Papers set at the Examination for Leaving Certificates, 1893
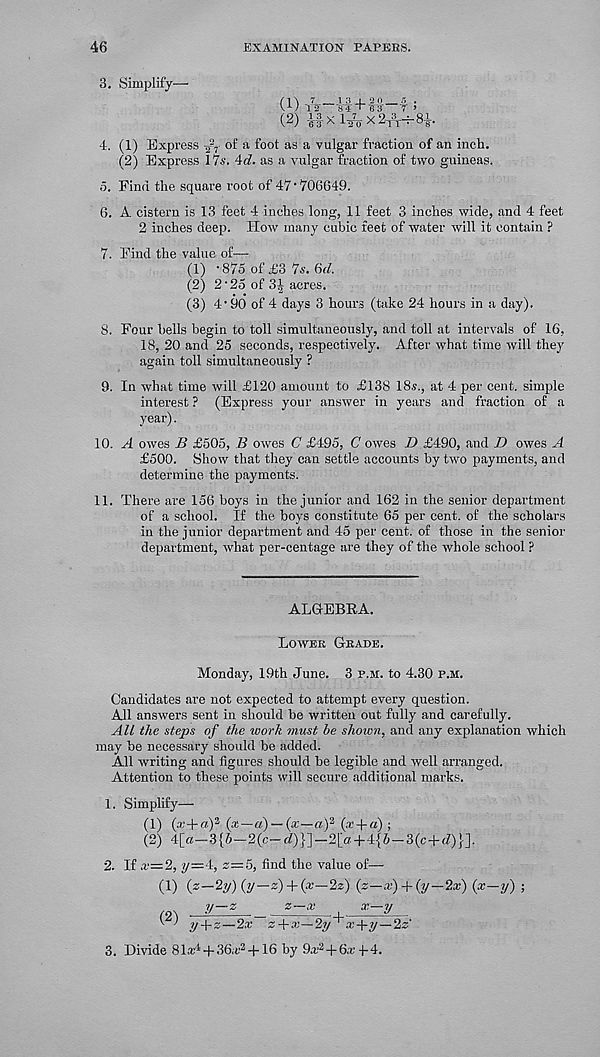
46
EXAMINATION PAPEES.
3. Simplify—
n \ 7 i ;s i 2 o r, .
f 1 1 T 2 'S'4 + is-s t >
(2) if x Itto x 2 , 'rr'7-8-l-.
4. (1) Express ^ of a foot as a vulgar fraction of an inch.
(2) Express 17s. 4d. as a vulgar fraction of two guineas.
5. Find the square root of 47‘706649.
6. A cistern is 13 feet 4 inches long, 11 feet 3 inches wide, and 4 feet
2 inches deep. How many cubic feet of water will it contain ?
7. Find the value of—
(1) • 875 of £3 7s. 6d.
(2) 2'20 of 3J acres.
(3) 4’90* of 4 days 3 hours (take 24 hours in a day).
8. Four hells begin to toll simultaneously, and toll at intervals of 16,
18, 20 and 25 seconds, respectively. After what time will they
again toll simultaneously ?
9. In what time will £120 amount to £138 18.s., at 4 per cent, simple
interest ? (Express your answer in years and fraction of a
year).
10. A owes JB £505, B owes C £495, C owes 1) £490, and D owes A
£500. Show that they can settle accounts by two payments, and
determine the payments.
11. There are 156 boys in the junior and 162 in the senior department
of a school. If the boys constitute 65 per cent, of the scholars
in the junior department and 45 per cent, of those in the senior
department, what per-centage are they of the whole school P
ALGEBRA.
Lower Grade.
Monday, 19th June. 3 p.m. to 4.30 p.h.
Candidates are not expected to attempt every question.
All answers sent in should be written out fully and carefully.
All the steps of the work must he shown, and any explanation which
may be necessary should be added.
All writing and figures should be legible and well arranged.
Attention to these points will secure additional marks.
1. Simplify—
(1) (a’ + a) 2 (x—a)~{x—a) 2 (a: + a);
(2) 4[«—3{6—2(c—-J)}]—2[ff + 4{&—3(e + <7)}].
2. If a'=2, y=4, s=5, find the value of—
(1) (z—2y) (y—z) + (.r—2z) (z-.r) + (y-2a;) (x—y) ;
y—z
z—x
x—y
y-\-z—2x z + x—2y~^ x + ?/—23'
3. Divide 8la; 4 -f 36a? 2 +16 by 9a? 2 + 6a? -J-4.